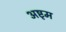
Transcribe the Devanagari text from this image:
अष्टृम